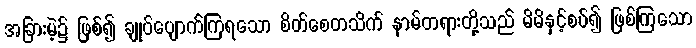
အခြားမဲ့၌ ဖြစ်၍ ချုပ်ပျောက်ကြရသော စိတ်စေတသိက် နာမ်တရားတို့သည် မိမိနှင့်စပ်၍ ဖြစ်ကြသော